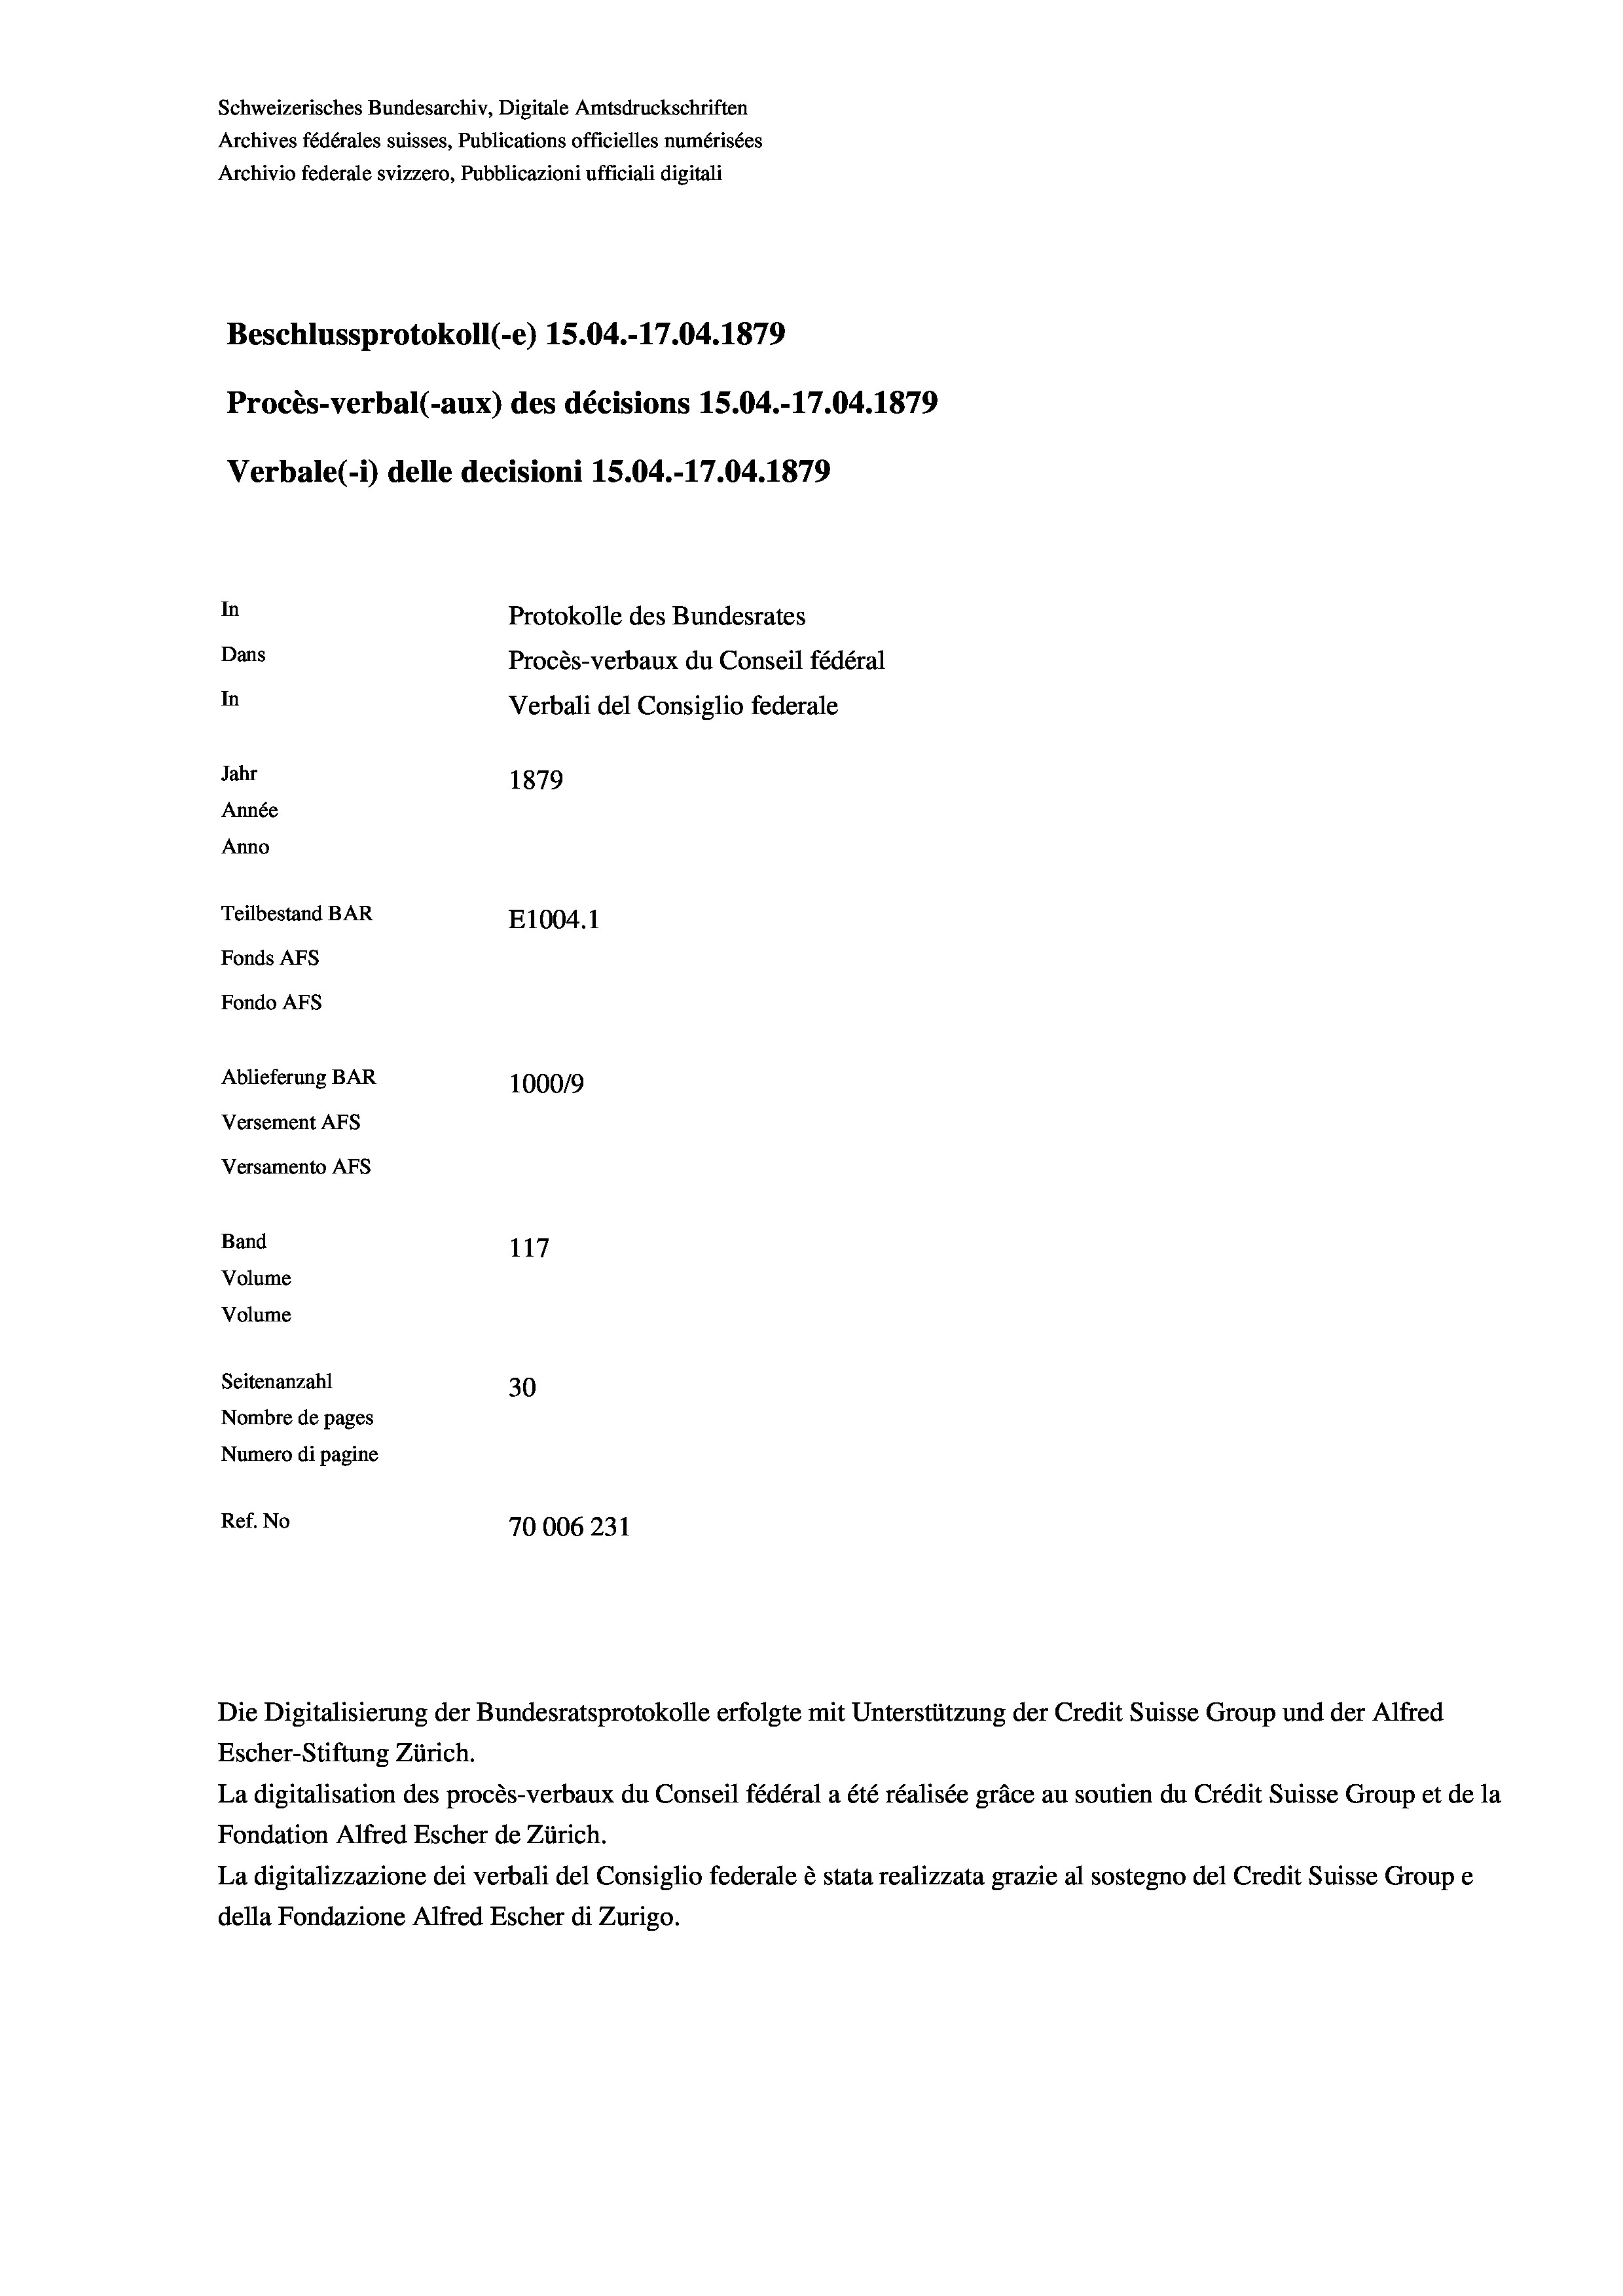
Schweizerisches Bundesarchiv, Digitale Amtsdruckschriften
Archives fédérales suisses, Publications officielles numérisées
Archivio federale svizzero, Pubblicazioni ufficiali digitali
Beschlussprotokoll (-e) 15.04.-17.04. 1879
Procès-verbal (-aux) des décisions 15.04.-17.04. 1879
Verbale (1) delle decisioni 15.04.-17.04. 1879
In
Protokolle des Bundesrates
Dans
Procès-verbaux du Conseil fédéral
In
Verbali del Consiglio federale
Jahr
1879
Année
Anno
Teilbestand BAR
E1004.1
Fonds AFs
Fondo AFS
Ablieferung BAR
100019
Versement AFs
Versamento AFs
Band
117
Volume
Volume

Seitenanzahl
30
Nombre de pages
Numero di pagine
Ref. No
70006 231

Escher-Stiftung Zürich.
La digitalisation des procès-verbaux du Conseil fédéral a été réalisée gräce au soutien du Crédit Suisse Group et de la
Fondation Alfred Escher de Zürich.
La digitalizzazione dei verbali del Consiglio federale è stata realizzata grazie al sostegno del Credit Suisse Groupe
della Fondazione Alfred Escher di Zurigo.

Die Digitalisierung der Bundesratsprotokolle erfolgte mit Unterstützung der Credit Suisse Group und der Alfred